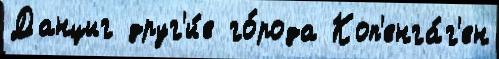
Данциг друг'и́е го́рода Коп'енга́г'ен